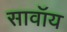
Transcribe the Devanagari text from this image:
सावॉय